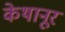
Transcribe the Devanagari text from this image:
केथानूर